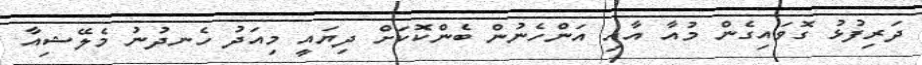
ދަރިފުޅު ގޮވައިގެން މުއާ އާއި އަންހެނުން ބެންކޮކަށް ދިޔައީ މިއަދު ހެނދުނު މެލޭޝިއާ